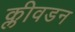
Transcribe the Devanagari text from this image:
क्लीवडन